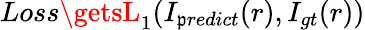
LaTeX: Loss\getsL_{1}(I_{\mathfrak{p}redict}(r),I_{gt}(r))